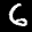
Label: 6